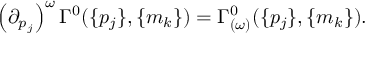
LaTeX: \left( { \partial } _ { p _ { j } } \right) ^ { \omega } \Gamma ^ { 0 } ( \{ p _ { j } \} , \{ m _ { k } \} ) = \Gamma _ { ( \omega ) } ^ { 0 } ( \{ p _ { j } \} , \{ m _ { k } \} ) .